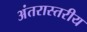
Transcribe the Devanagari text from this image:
अंतरास्तरीय